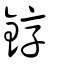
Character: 錞